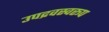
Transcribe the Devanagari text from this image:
उपद्रवस्वरूप